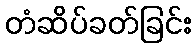
တံဆိပ်ခတ်ခြင်း